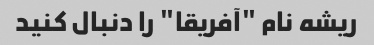
ریشه نام "آفریقا" را دنبال کنید